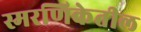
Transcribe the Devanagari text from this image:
स्मरणिकेतील